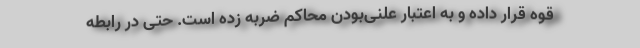
قوه قرار داده و به اعتبار علنی‌بودن محاکم ضربه زده است. حتی در رابطه